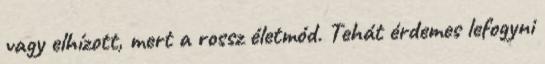
vagy elhízott, mert a rossz életmód. Tehát érdemes lefogyni